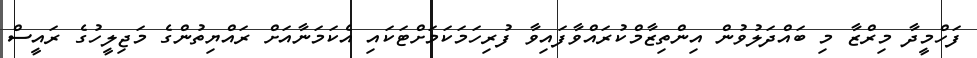
ފަހްމީދާ މިރްޒާ މި ބައްދަލުވުން އިންތިޒާމްކުރައްވާފައިވާ ފުރިހަމަކަމަށްޓަކައި އެކަމަނާއަށް ރައްޔިތުންގެ މަޖިލީހުގެ ރައީސް